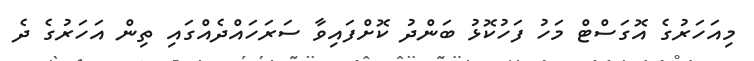
މިއަހަރުގެ އޮގަސްޓް މަހު ފަހުކޮޅު ބަންދު ކޮށްފައިވާ ސަރަހައްދެއްގައި ތިން އަހަރުގެ ދެ